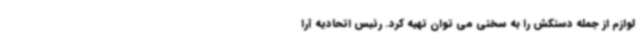
لوازم از جمله دستکش را به سختی می توان تهیه کرد. رئیس اتحادیه آرا